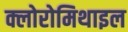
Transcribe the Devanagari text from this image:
क्लोरोमिथाइल